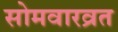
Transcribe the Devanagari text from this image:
सोमवारव्रत